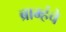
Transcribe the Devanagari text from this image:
ब्राम्हंचे